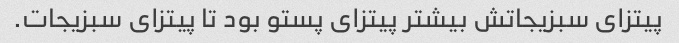
پیتزای سبزیجاتش بیشتر پیتزای پستو بود تا پیتزای سبزیجات.